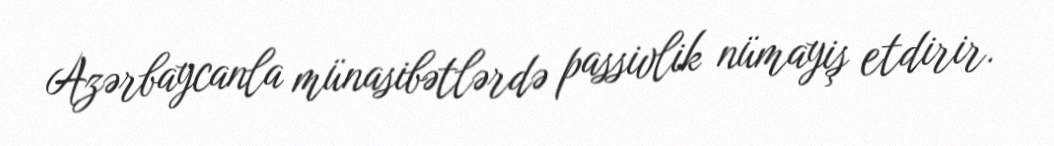
Azərbaycanla münasibətlərdə passivlik nümayiş etdirir.